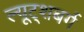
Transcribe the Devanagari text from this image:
ल्यूट्शबर्ग